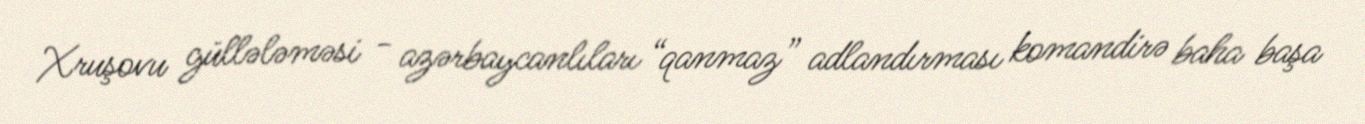
Xruşovu güllələməsi - azərbaycanlıları “qanmaz” adlandırması komandirə baha başa